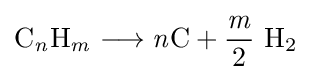
{\mathrm {C} {\vphantom {A}}_{\smash[{t}]{\mathit {n}}}\mathrm {H} {\vphantom {A}}_{\smash[{t}]{\mathit {m}}}{}\mathrel {\longrightarrow } {}{{\mathit {n}}{\text{C}}}{}+{}{\frac {\mathit {m}}{2}}~\mathrm {H} {\vphantom {A}}_{\smash[{t}]{2}}}